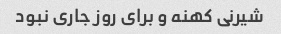
شیرنی کهنه و برای روز جاری نبود